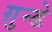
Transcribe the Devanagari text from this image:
ग़ुन्डे